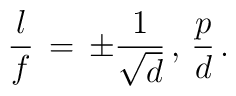
{l \over f} \, = \, \pm {1 \over {\sqrt{d}}} \, , \, {p \over d} \, .